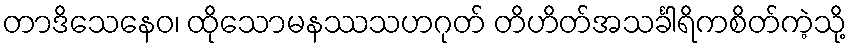
တာဒိသေနေဝ၊ ထိုသောမနဿသဟဂုတ် တိဟိတ်အသင်္ခါရိကစိတ်ကဲ့သို့